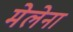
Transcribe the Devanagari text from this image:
मेलेना